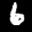
Label: 6